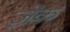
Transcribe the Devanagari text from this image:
ज़ेक